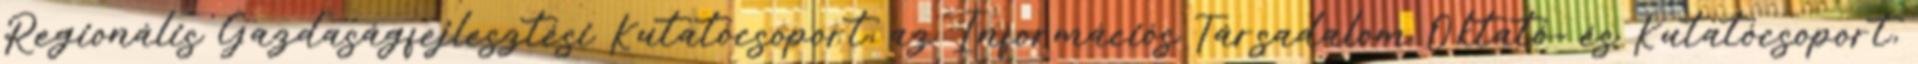
Regionális Gazdaságfejlesztési Kutatócsoport, az Információs Társadalom Oktató- és Kutatócsoport,